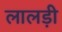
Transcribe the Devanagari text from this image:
लालड़ी